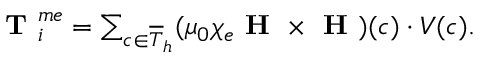
\begin{array} { r } { \textbf { T } _ { i } ^ { m e } = \sum _ { c \in \overline { { T } } _ { h } } ( \mu _ { 0 } \chi _ { e } \textbf { H } \times \textbf { H } ) ( c ) \cdot V ( c ) . } \end{array}